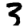
Digit: 3